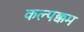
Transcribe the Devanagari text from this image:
कल्पक्कम